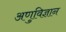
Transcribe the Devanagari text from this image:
अणुविज्ञान